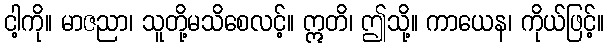
ငါ့ကို။ မာဇညာ၊ သူတို့မသိစေလင့်။ ဣတိ၊ ဤသို့။ ကာယေန၊ ကိုယ်ဖြင့်။